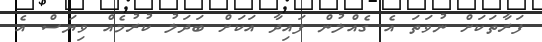
ފަރާތަކަށް ނުވަތަ އެ ގެއްލުން ފައިދާ އަކަށް ބަދަލު ކުރުމެއް ވިޔަސް އެ